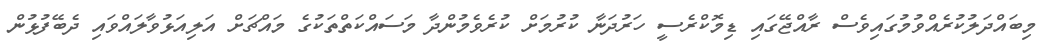
މިބައްދަލުކުރެއްވުމުގައިވެސް ރާއްޖޭގައި ޑިމޮކްރެސީ ހަރުދަނާ ކުރުމަށް ކުރެވެމުންދާ މަސައްކަތްތަކުގެ މައްޗަށް އަލިއަޅުވާލައްވައި ދެބޭފުޅުން